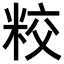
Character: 𥹜